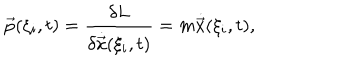
\vec { p } ( \xi _ { i } , t ) = \frac { \delta L } { \delta \dot { \vec { x } } ( \xi _ { i } , t ) } = m \dot { \vec { x } } ( \xi _ { i } , t ) ,